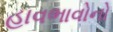
હાવભાવોનો